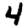
Digit: 4